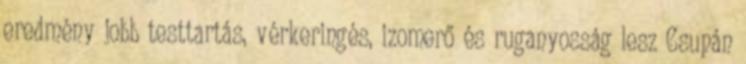
eredmény jobb testtartás, vérkeringés, izomerő és ruganyosság lesz Csupán